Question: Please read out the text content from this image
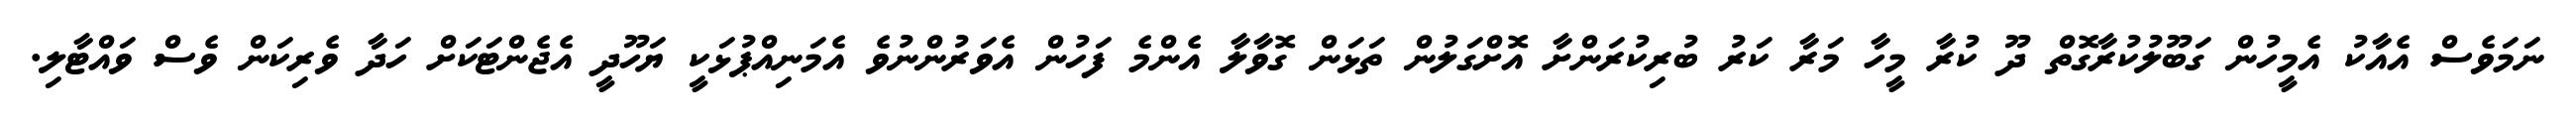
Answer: ނަމަވެސް އެއާކު އެމީހުން ގަބޫލުކުރާގޮތް ދޫ ކުރާ މީހާ މަރާ ކަރު ބުރިކުރަންށާ އޮށްގަލުން ތަޅަން ގޮވާލާ އެންމެ ފަހުން އެވަރުންނުވެ އެމަނިއްޕުޅަކީ ޔަހޫދީ އެޖެންޓަކަށް ހަދާ ވެރިކަން ވެސް ވައްޓާލި.